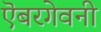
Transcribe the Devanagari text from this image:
ऎबरगेवनी